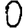
Digit: 0